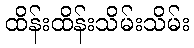
ထိန်းထိန်းသိမ်းသိမ်း